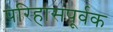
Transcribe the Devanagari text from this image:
परिहासपूर्वक